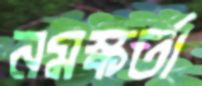
নমস্কর্তা